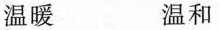
温暖 温和